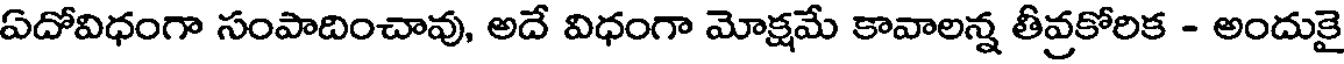
ఏదోవిధంగా సంపాదించావు, అదే విధంగా మోక్షమే కావాలన్న తీవ్రకోరిక - అందుకై